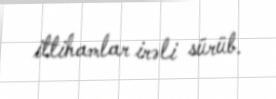
ittihamlar irəli sürüb.